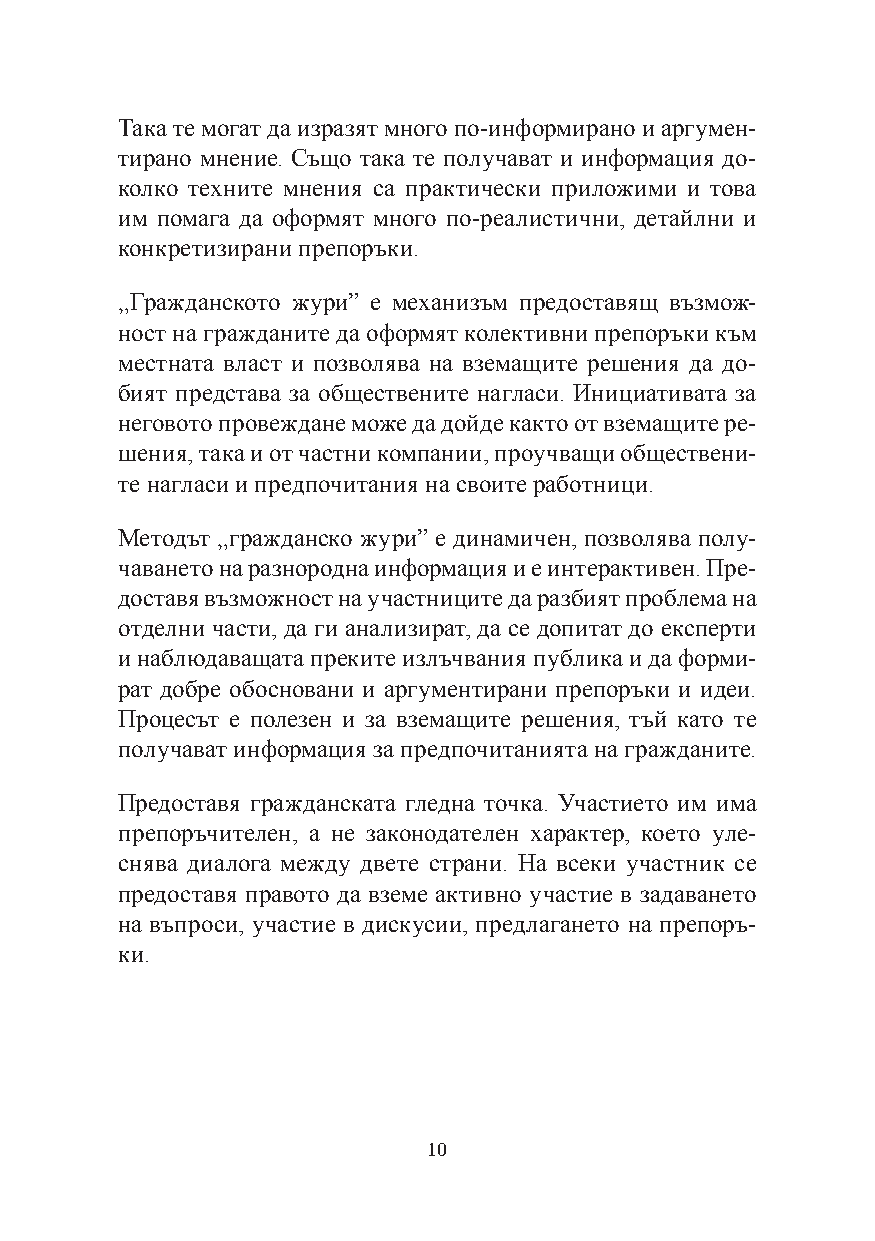
Така те могат да изразят много по-информирано и аргумен-
 тирано мнение. Също така те получават и информация до-
 колко техните мнения са практически приложими и това
 им помага да оформят много по-реалистични, детайлни и
 конкретизирани препоръки.
 „Гражданското жури” е механизъм предоставящ възмож-
 ност на гражданите да оформят колективни препоръки към
 местната власт и позволява на вземащите решения да до-
 бият представа за обществените нагласи. Инициативата за
 неговото провеждане може да дойде както от вземащите ре-
 шения, така и от частни компании, проучващи обществени-
 те нагласи и предпочитания на своите работници.
 Методът „гражданско жури” е динамичен, позволява полу-
 чаването на разнородна информация и е интерактивен. Пре-
 доставя възможност на участниците да разбият проблема на
 отделни части, да ги анализират, да се допитат до експерти
 и наблюдаващата преките излъчвания публика и да форми-
 рат добре обосновани и аргументирани препоръки и идеи.
 Процесът е полезен и за вземащите решения, тъй като те
 получават информация за предпочитанията на гражданите.
 Предоставя гражданската гледна точка. Участието им има
 препоръчителен, а не законодателен характер, което уле-
 снява диалога между двете страни. На всеки участник се
 предоставя правото да вземе активно участие в задаването
 на въпроси, участие в дискусии, предлагането на препоръ-
 ки.
 10